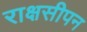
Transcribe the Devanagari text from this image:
राक्षसीपन